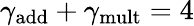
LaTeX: \gamma_{\mathrm{add}}+\gamma_{\mathrm{mult}}=4